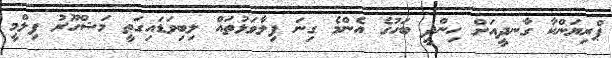
ޕްރިޔަންކާ ގާނދީއަށް ހިންދީ ބަހުގެ އެންމެ ގިނަ ފިލާވަޅުތައް ލިބިވަޑައިގަތީ މަޝްހޫރު ފިލްމީ